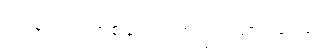
ဝင်ပေါက် တစ်ပေါက်တည်း ထား တယ်။